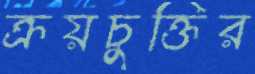
ক্রয়চুক্তির